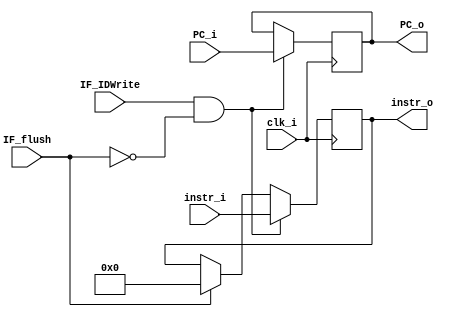
module IF_ID
(
	clk_i,
	IF_flush,
	IF_IDWrite,
	PC_i,
	instr_i,
	PC_o,
	instr_o
);

input clk_i;
input IF_flush;
input IF_IDWrite;
input [31:0] PC_i;
input [31:0] instr_i;
output [31:0] PC_o;
output [31:0] instr_o;

reg [31:0] PC;
reg [31:0] instruction;

assign PC_o = PC;
assign instr_o = instruction;

always@(posedge clk_i) begin
	if(IF_IDWrite && !IF_flush) begin
		PC <= PC_i;
		instruction <= instr_i;
	end
	else if(IF_flush)begin
		instruction <= 0;
	end
end

endmodule